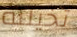
تخيلته